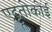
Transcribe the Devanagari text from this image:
एट्टूतोकोई